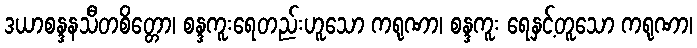
ဒယာစန္ဒနသီတစိတ္တော၊ စန္ဒကူးရေတည်းဟူသော ကရုဏာ၊ စန္ဒကူး ရေနှင့်တူသော ကရုဏာ၊